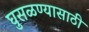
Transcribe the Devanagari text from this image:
घुसळण्यासाठी